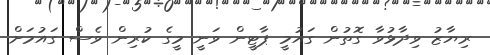
ރިޔާޒު ވިދާޅުވާ ގޮތުން ގައުމީ ޕާޓީން ވަނީ މީގެ ކުރިން ވެސް ގައުމަށް